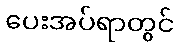
ပေးအပ်ရာတွင်